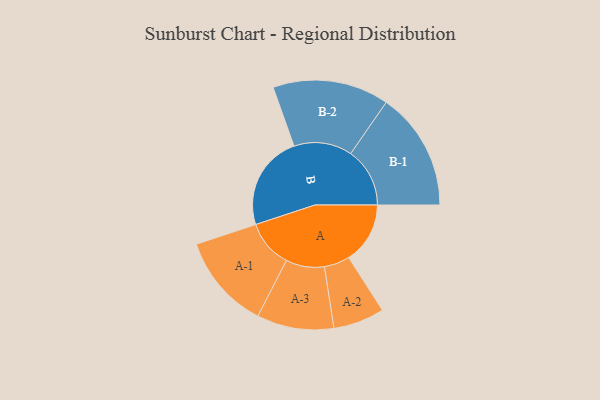
{"axis": {"x": "Segment", "y": "Value"}, "legend": ["", "A", "B"], "data": [{"x": "A", "y": 309, "type": ""}, {"x": "B", "y": 478, "type": ""}, {"x": "A-1", "y": 240, "type": "A"}, {"x": "A-2", "y": 129, "type": "A"}, {"x": "A-3", "y": 194, "type": "A"}, {"x": "B-1", "y": 298, "type": "B"}, {"x": "B-2", "y": 293, "type": "B"}]}